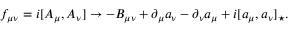
f _ { \mu \nu } = i [ A _ { \mu } , A _ { \nu } ] \rightarrow - B _ { \mu \nu } + \partial _ { \mu } a _ { \nu } - \partial _ { \nu } a _ { \mu } + i [ a _ { \mu } , a _ { \nu } ] _ { \star } .